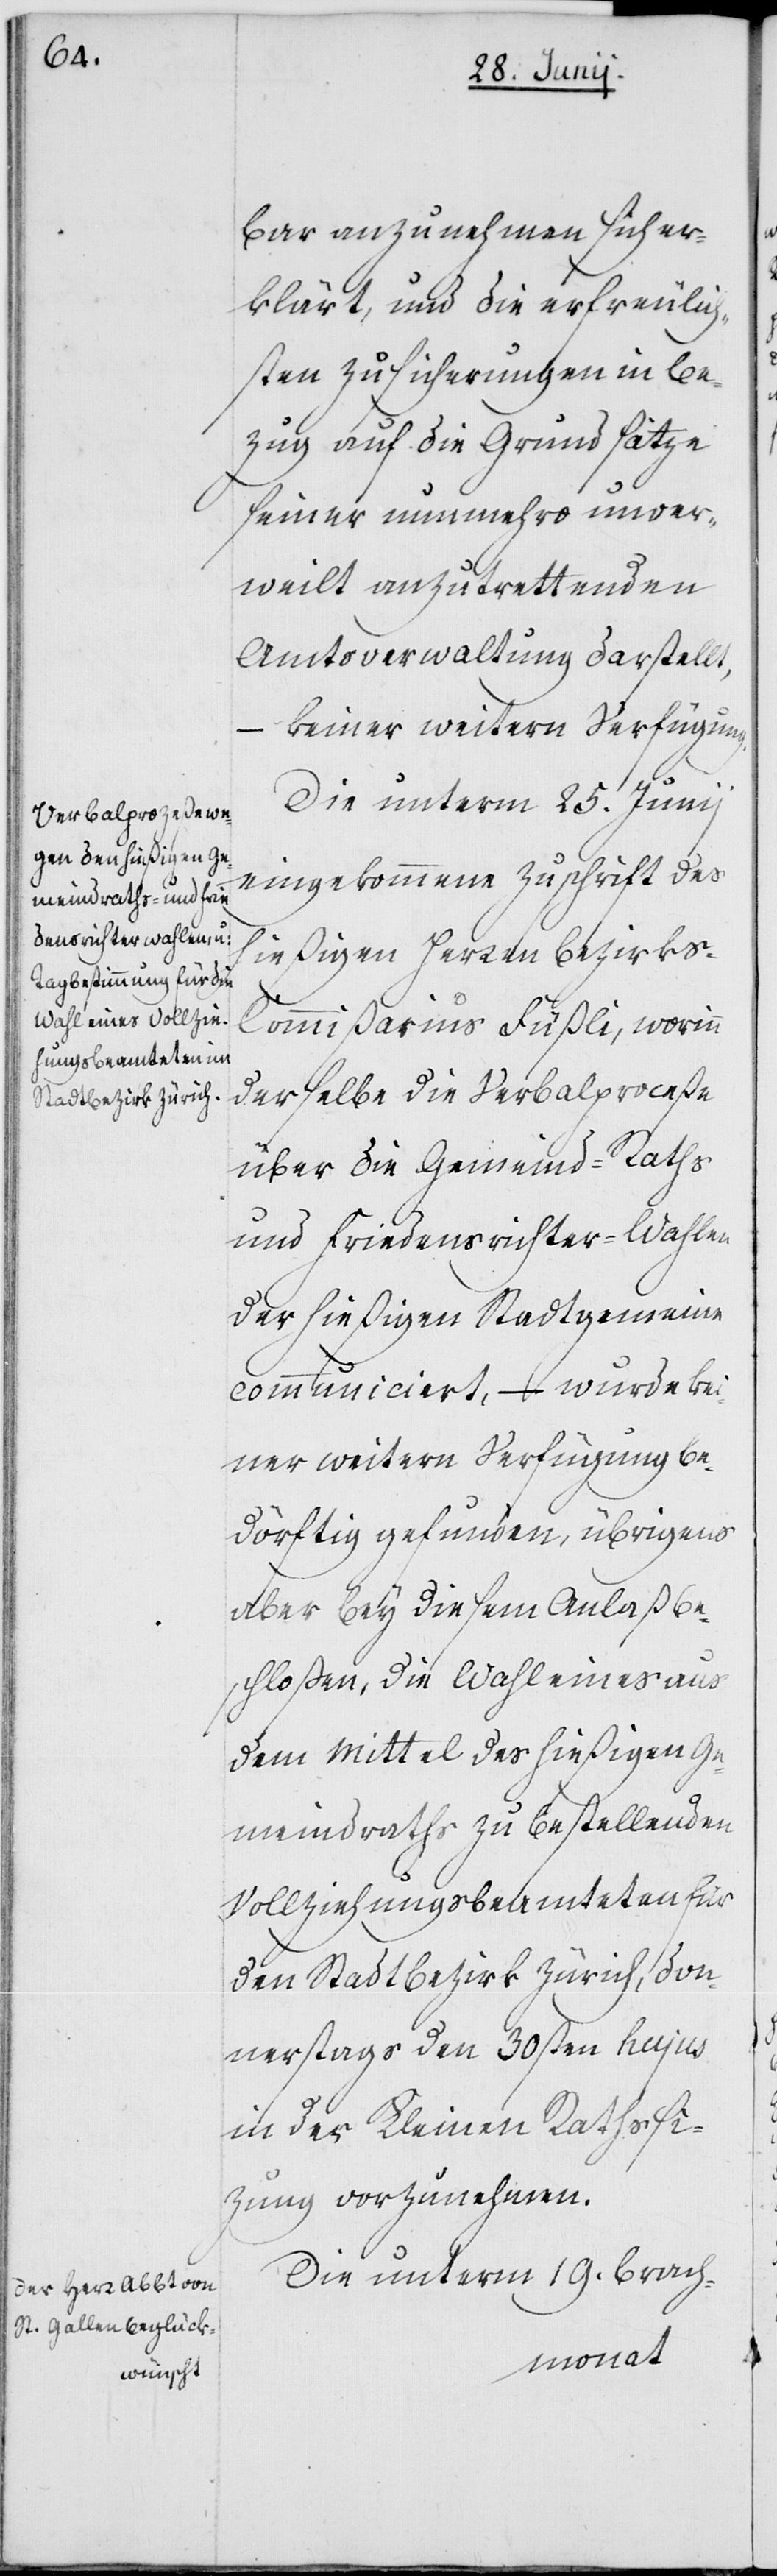
bar anzunehmen sich er¬
klärt, und die erfreulich¬
sten Zusicherungen in Be¬
zug auf die Grundsätze
seiner nunmehro unver¬
weilt anzutrettenden
Amtsverwaltung darstellt,
–
keiner weitern Verfügung.
Die unterm 25. Junii
eingekommene Zuschrift des
hießigen Herren Bezirks-C¬
ommißarius Füßli, worinn
derselbe die Verbalproceße
über die Gemeind-Raths
und Friedensrichter-Wahlen
der hießigen Stadtgemeine
communiciert, – wurde kei¬
ner weitern Verfügung be¬
dörftig gefunden, übrigens
aber bey diesem Anlaß be¬
schloßen, die Wahl eines aus
dem Mittel des hießigen Ge¬
meindraths zu bestellenden
Vollziehungsbeamteten für
den Stadtbezirk Zürich, Don¬
nerstags den 30sten hujus
in der Kleinen Raths Si¬
zung vorzunehmen.
Die unterm 19. Brach-